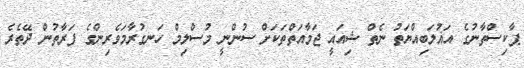
ޕާކިސްތާނުގެ އަޣުލަބިއްޔަތު ނެތް ޝިއައީ ޖަމާއަތްތަކަށް ސުންނީ މުސްލިމް ހަނގުރާމަވެރިންގެ ފަރާތުން ދޭތެރެ